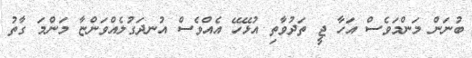
ބުނަން މަންމަވެސް އަހާ ޖީ ތަދުވާތި އުޅޭހޭ އެއްވެސް އުނދަގުލެއްވަންޏާ މަންމަ ގާތު